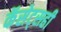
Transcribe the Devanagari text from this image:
कॅसेट्सही